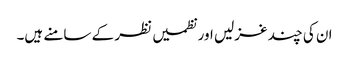
ان کی چند غزلیں اور نظمیں نظر کے سامنے ہیں۔